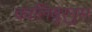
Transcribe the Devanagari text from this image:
कालिबुर्नुस